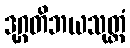
ဒုဂ္ဂတိဘယသုတ္တံ